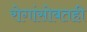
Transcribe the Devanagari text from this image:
रोगांसोबतही